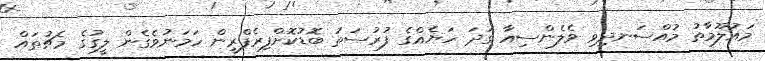
މައުލޫމާތު މުއްސަނދިވި ވެލެންސިއާ ގަދަ ހަޔެއްގެ ފުރުސަތު ބޮޑުކޮށްފިރެފްރީން ހަމަނުވެގެން ލީގުގެ މެޗުތައް